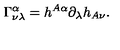
\Gamma _ { \nu \lambda } ^ { \alpha } = h ^ { A \alpha } \partial _ { \lambda } h _ { A \nu } .